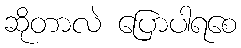
ဆိုတာလဲ ပြောပါရစေ